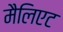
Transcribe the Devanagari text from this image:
मैलिएट